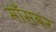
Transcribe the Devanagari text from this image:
माँसवर